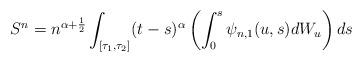
LaTeX: \begin{align*}S^n=n^{\alpha+\frac 12} \int_{[\tau_1, \tau_2]} (t-s)^\alpha \left( \int_0^s \psi_{n,1}(u,s) dW_u \right) ds \end{align*}